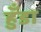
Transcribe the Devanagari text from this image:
हुँडा